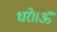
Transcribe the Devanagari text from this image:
धरे॥ॐ